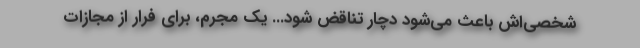
شخصی‌اش باعث می‌شود دچار تناقض شود... یک مجرم، برای فرار از مجازات